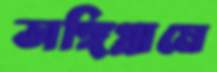
ডাঙ্গিগ্রামে